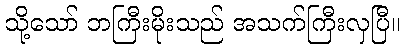
သို့သော် ဘကြီးမိုးသည် အသက်ကြီးလှပြီ။